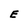
Character: E